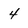
Character: 4